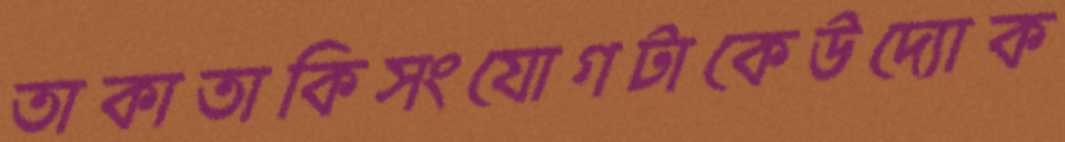
তাকাতাকিসংযোগটাকেউদ্যোক